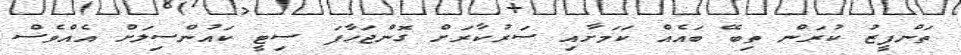
ތަންފީޒު ކުރަން ތިބޭ ބައެއް ކަމަށާއި ސަރުކާރަށް ގޮންޖަހާފަ ސިޓީ ކައުންސިލަށް އެއްވެސް